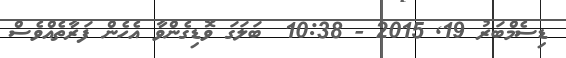
ޑިސެމްބަރު 19